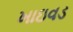
ખાઇવડ